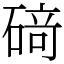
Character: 𥔎